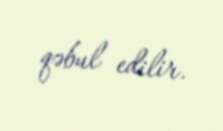
qəbul edilir.